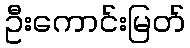
ဦးကောင်းမြတ်